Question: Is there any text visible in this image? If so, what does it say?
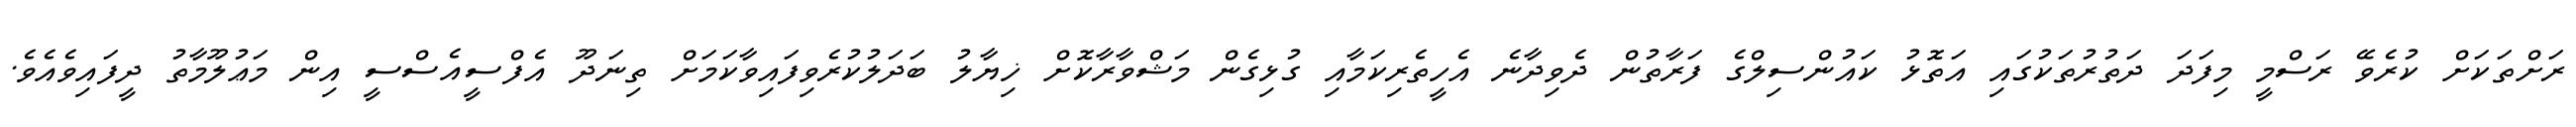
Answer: ރަށްތަކަށް ކުރެވޭ ރަސްމީ މިފަދަ ދަތުރުތަކުގައި އަތޮޅު ކައުންސިލްގެ ފަރާތުން ދެވިދާނެ އެހީތެރިކަމާއި ގުޅިގެން މަޝްވާރާކޮށް ޚިޔާލު ބަދަލުކުރެވިފައިވާކަމަށް ތިނަދޫ އެފްސީއެސްސީ އިން މަޢުލޫމާތު ދީފައިވެއެވެ.